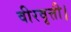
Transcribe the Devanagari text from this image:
वीरवृत्ती।